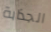
الجذابة